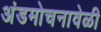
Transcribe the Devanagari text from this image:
अंडमोचनावेळी